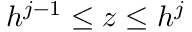
h ^ { j - 1 } \leq z \leq h ^ { j }